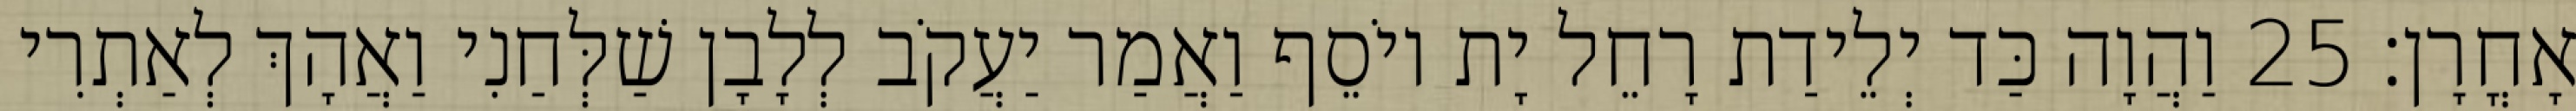
אָחֳרָן׃ 25 וַהֲוָה כַּד יְלֵידַת רָחֵל יָת יוֹסֵף וַאֲמַר יַעֲקֹב לְלָבָן שַׁלְּחַנִי וַאֲהָךְ לְאַתְרִי